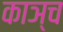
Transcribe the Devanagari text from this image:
काञ्च